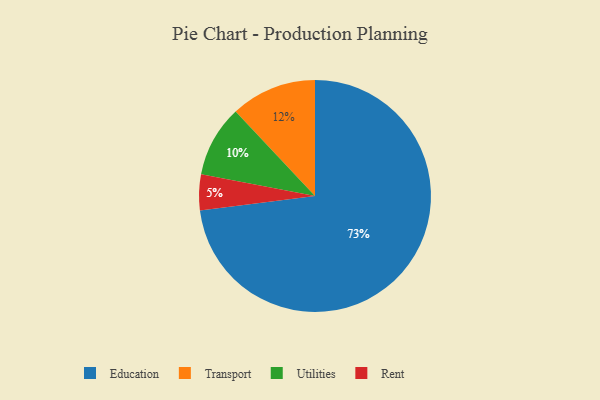
{"axis": {"x": "Category", "y": "Percentage"}, "legend": ["Education", "Rent", "Transport", "Utilities"], "data": [{"x": "Transport", "y": 12, "type": "Transport"}, {"x": "Utilities", "y": 10, "type": "Utilities"}, {"x": "Rent", "y": 5, "type": "Rent"}, {"x": "Education", "y": 73, "type": "Education"}]}